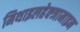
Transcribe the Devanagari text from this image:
मिथाइलहेक्जामाइन